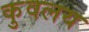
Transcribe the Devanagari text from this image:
कुवलय